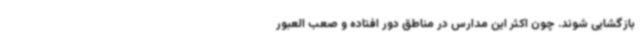
بازگشایی شوند. چون اکثر این مدارس در مناطق دور افتاده و صعب العبور